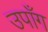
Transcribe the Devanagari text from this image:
उपाँग